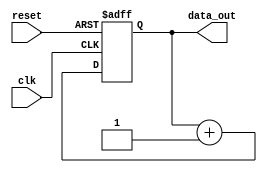
module repeat_loop (
    input wire clk,
    input wire reset,
    output reg [7:0] data_out
);

    // Initialization signal
    initial begin
        data_out = 8'b0;
    end

    always @(posedge clk or posedge reset) begin
        if (reset) begin
            // Reset condition: reinitialize the output
            data_out <= 8'b0;
        end else begin
            // Infinite repeat loop
            // Continuous statement execution
            // Example operation: incrementing the data_out value
            data_out <= data_out + 1;
        end
    end

endmodule